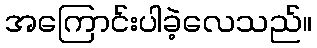
အကြောင်းပါခဲ့လေသည်။